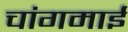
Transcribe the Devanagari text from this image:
चांगमाई